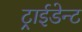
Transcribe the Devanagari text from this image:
ट्राईडेन्ट